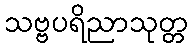
သဗ္ဗပရိညာသုတ္တ